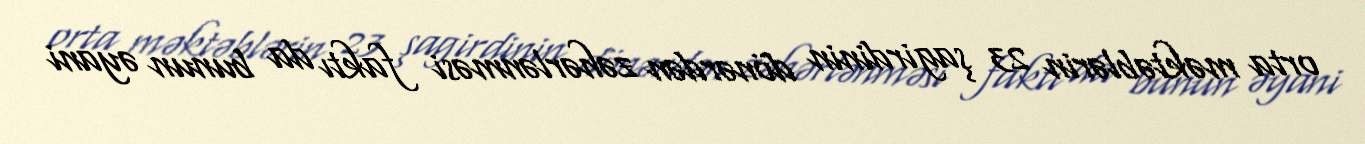
orta məktəblərin 23 şagirdinin dönərdən zəhərlənməsi faktı da bunun əyani